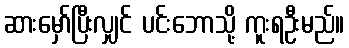
ဆားမှော်ပြီးလျှင် ပင်းဘောသို့ ကူးရဦးမည်။